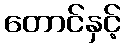
တောင်နှင့်